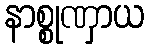
နာစ္စုဏှာယ